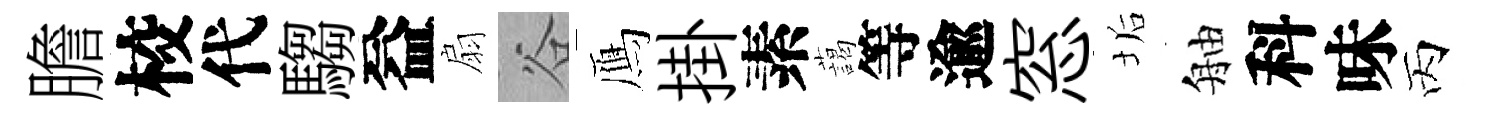
膽校代騶益扇谷鴈掛素藹等逾窓垢舳科味丙